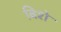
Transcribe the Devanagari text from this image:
बिशे